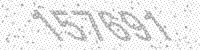
Solution: 157691